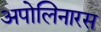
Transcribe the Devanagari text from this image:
अपोलिनारस